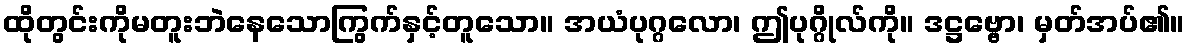
ထိုတွင်းကိုမတူးဘဲနေသောကြွက်နှင့်တူသော။ အယံပုဂ္ဂလော၊ ဤပုဂ္ဂိုလ်ကို။ ဒဋ္ဌဗ္ဗော၊ မှတ်အပ်၏။